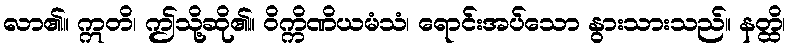
လာ၏။ ဣတိ၊ ဤသို့ဆို၏။ ဝိက္ကိဏိယမံသံ၊ ရောင်းအပ်သော နွားသားသည်။ နတ္ထိ၊